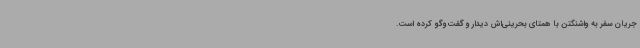
جریان سفر به واشنگتن با همتای بحرینی‌اش دیدار و گفت‌وگو کرده است.